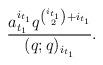
LaTeX: \begin{align*}\frac{a_{t_1}^{i_{t_1}}q^{\binom{i_{t_1}}{2}+i_{t_1}}}{(q;q)_{i_{t_1}}}.\end{align*}